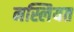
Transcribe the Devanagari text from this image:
नस्लियत